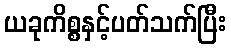
ယခုကိစ္စနှင့်ပတ်သက်ပြီး